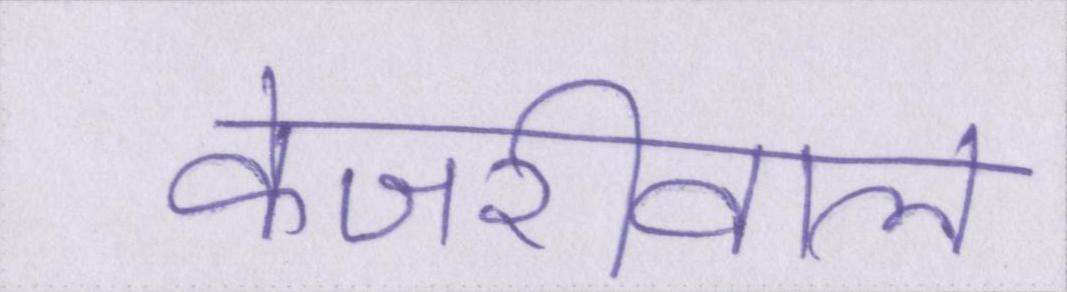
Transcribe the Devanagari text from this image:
केजरीवाल